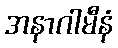
အနာဂါမီနံ